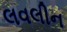
લવલીન